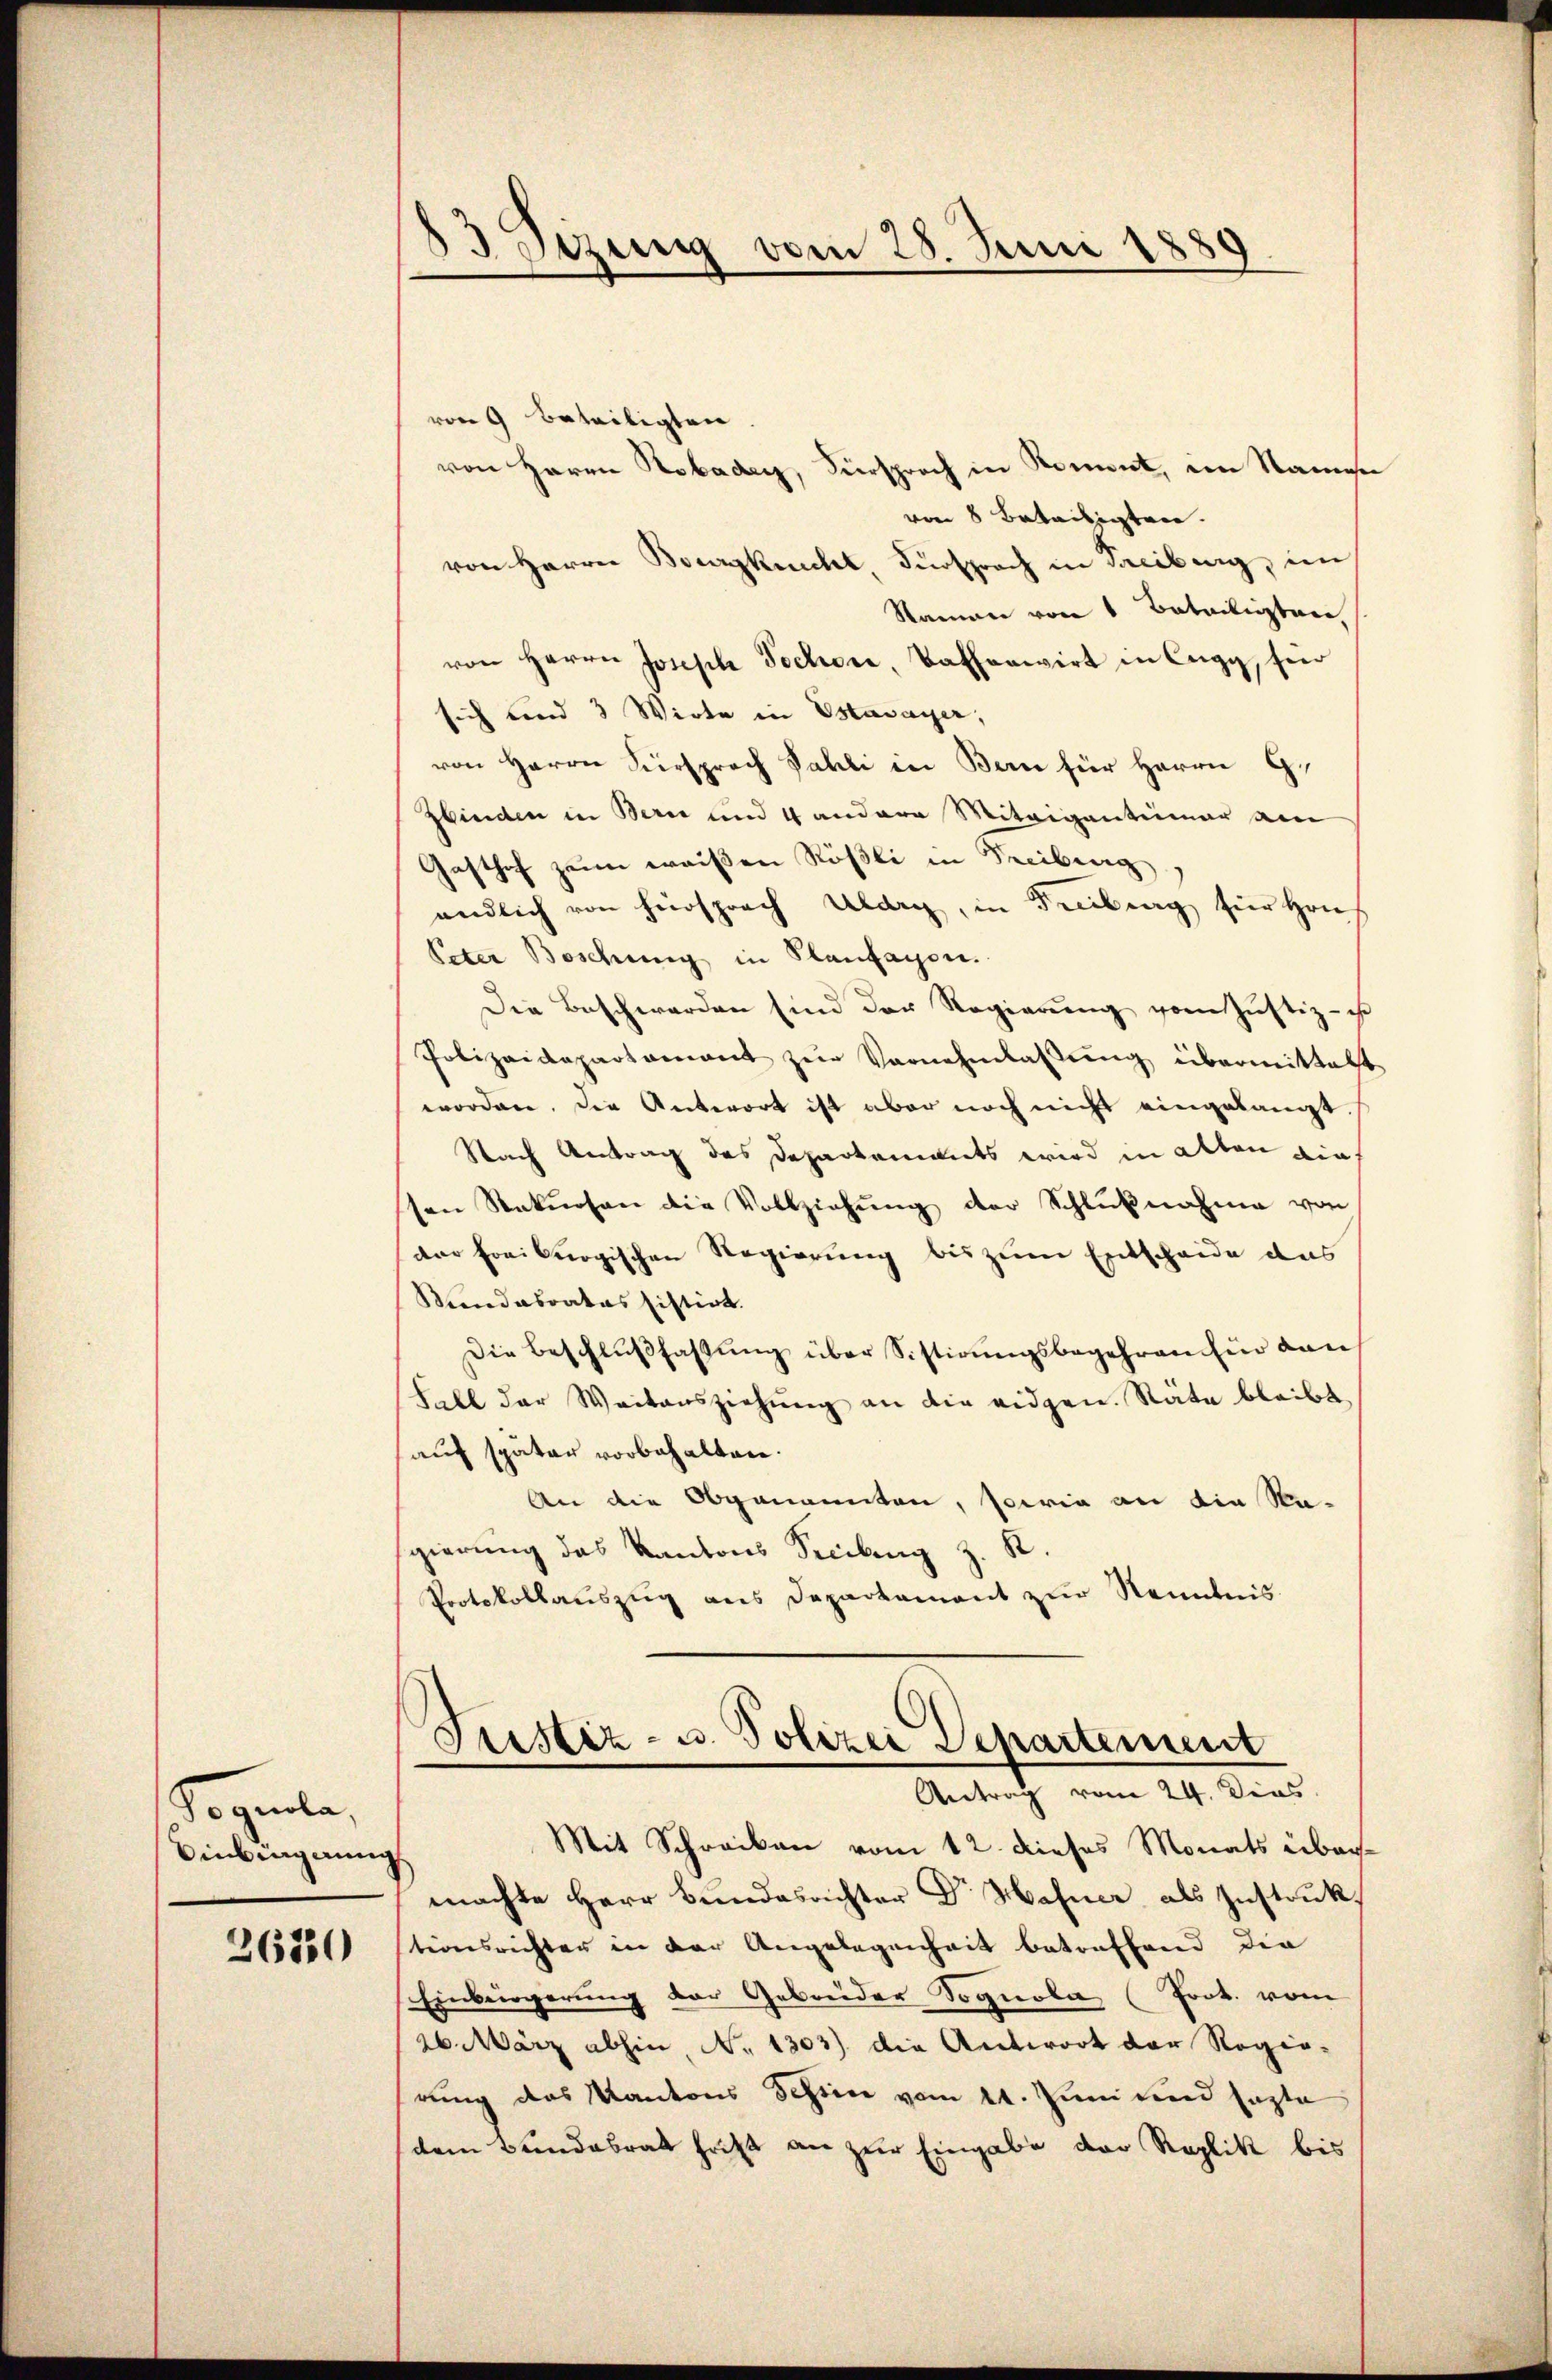
Sogenle,
inbingerun

2670

83 Stzung vom 28. Juni 1889

von 9 beteiligten.
von Herrn Hobadey, Fürsproch in Roment, im Namen
von 8 beteiligten.
von Herrn Bourgknecht Fürsprach in Treiburg, im
Nammer von 1 Batailigten,
von Herrn Joseph Jochore, Kathariirt in Cugy, fer
sich und 3 Wirte in Estavayer,
von Herrn Fürsprach Fahli in Bern für Herrn G.
Zbinden in Bern und 4 andere Miteigentümer am
Gasthof zum weißen Rößli in Treibung
endlich von hiersprach Abdry, in Freibung für Hrn.
Peter Boschung in Planfagen.
Die Beschwerden sind der Regierung vom Justiz - ist
Polizeidepartament zŭr Vernehmlassŭng übermittelt
worden. Die Antwort ist aber noch nicht eingelangt
Nach Antrag des Departements wird in alten die
sen Rekursen die Vollziehung der Schlußnahme von
der Freiburgischen Regierung bis zum Entscheide das
Sedabrates histirt.
Die Beschlußfassung über Sistirungsbegehren für dan
Fall der Weitausziehŭng an die eidgen. Räte bleibt,
auf später vorbehalten.
An die Obgenannten, sowie an die Re-
gierung des Kantons Secibung z. K
Protokollauszug aus Departement zur Kenntnis

Tristiz- u. Polizei Departement
Antrag vom 24. Dies
Mit Schreiben vom 12. dieses Monats über¬

machte Herr Bundesrichter Dr. Hafner als Instruk
tionsrichter in der Angelegenheit betreffend die
Einbergerung der Gebrüder Sognola (Prok. vom
26. März abhin, No 1303) die Antwort der Regie-
rung das Kantons Tessin vom 24. Juni und sagte
dem Bundesrat hritt an zur Eingabe der Replik bis